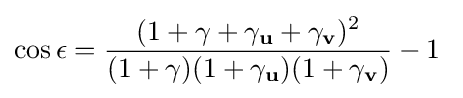
\cos \epsilon ={\frac {(1+\gamma +\gamma _{\mathbf {u} }+\gamma _{\mathbf {v} })^{2}}{(1+\gamma )(1+\gamma _{\mathbf {u} })(1+\gamma _{\mathbf {v} })}}-1~